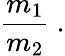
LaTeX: {\frac{m_{1}}{m_{2}}}\ .